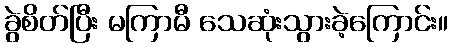
ခွဲစိတ်ပြီး မကြာမီ သေဆုံးသွားခဲ့ကြောင်း။